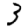
Digit: 3